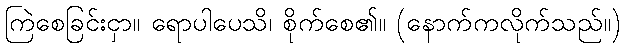
ကြဲစေခြင်းငှာ။ ရောပါပေသိ၊ စိုက်စေ၏။ (နောက်ကလိုက်သည်။)